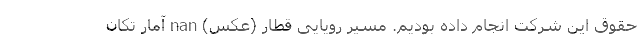
حقوق این شرکت انجام داده بودیم. مسیر رویایی قطار (عکس) nan آمار تکان‌